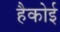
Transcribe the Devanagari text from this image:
हैकोई